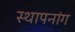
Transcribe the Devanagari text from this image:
स्थापनांग